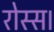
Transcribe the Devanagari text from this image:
रोस्स।